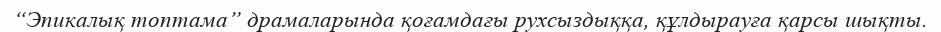
“Эпикалық топтама” драмаларында қоғамдағы рухсыздыққа, құлдырауға қарсы шықты.